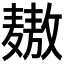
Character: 𲎓